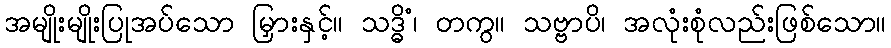
အမျိုးမျိုးပြုအပ်သော မြှားနှင့်။ သဒ္ဓိံ၊ တကွ။ သဗ္ဗာပိ၊ အလုံးစုံလည်းဖြစ်သော။